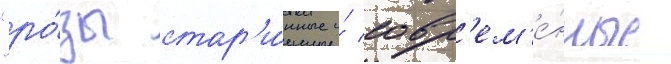
"ро́зы стар'и́нные и́ совр'ем'е́нные